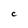
Character: C